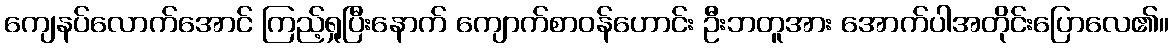
ကျေနပ်လောက်အောင် ကြည့်ရှုပြီးနောက် ကျောက်စာဝန်ဟောင်း ဦးဘတူအား အောက်ပါအတိုင်းပြောလေ၏။